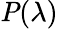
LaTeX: \textbf{\textit{P}}(\lambda)